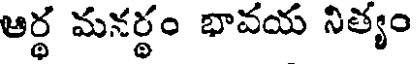
ఆర్థ మనర్థం భావయ నిత్యం